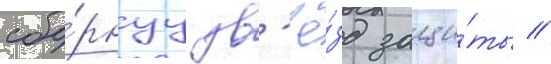
сбо́рнуу зв'ё́зд защи́ты //